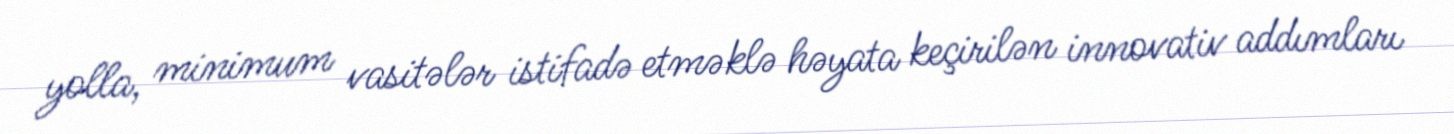
yolla, minimum vasitələr istifadə etməklə həyata keçirilən innovativ addımları